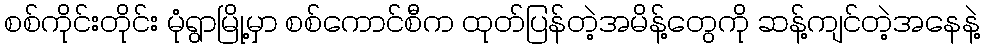
စစ်ကိုင်းတိုင်း မုံရွာမြို့မှာ စစ်ကောင်စီက ထုတ်ပြန်တဲ့အမိန့်တွေကို ဆန့်ကျင်တဲ့အနေနဲ့